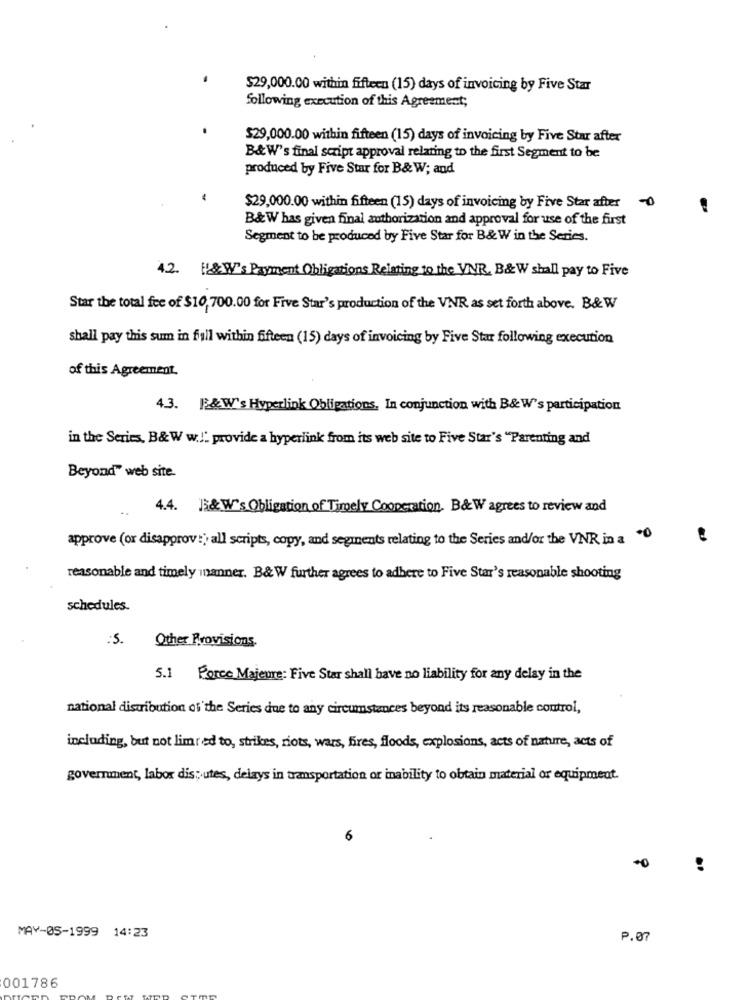
$29,000.00 within fifteen (15) days of invoicing by Five Star
following execution of this Agreement;
$29,000.00 within fifteen (15) days of invoicing by Five Star after
B& W's final script approval relating to the first Segment to be
produced by Five Star for B& W; and
$29,000.00 within fifteen (15) days of invoicing by Five Star after
B&W has given final authorization and approval for use of the first
Segment to be produced by Five Star for B& W in the Series.
42. H&W's Payment Obligations Relating to the VNR. B&W shall pay to Five
Star the total fee of $10,700.00 for Five Star's production of the VNR as set forth above. B&W
shall pay this sum in fall within fifteen (15) days of invoicing by Five Star following execution
of this Agreement.
4.3. |B&W's Hyperlink Obligations, In conjunction with B& W's participation
in the Series, B&W w .!: provide a hyperlink from its web site to Five Star's "Parenting and
Beyond" web site.
4.4. ];& W's Obligation of Timely Cooperation. B& W agrees to review and
approve (or disapprov:) all scripts, copy, and segments relating to the Series and/or the VNR in a
reasonable and timely manner. B& W further agrees to adhere to Five Star's reasonable shooting
schedules.
:5.
Other Provisions.
5.] Force Majeure: Five Star shall have no liability for any delay in the
national distribution of the Series due to any circumstances beyond its reasonable control,
including, but not limited to, strikes, riots, wars, fires, floods, explosions, acts of nature, acts of
government, labor disputes, delays in transportation or inability to obtain material or equipment.
6
MAY-05-1999 14:23
P.07
001786